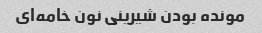
مونده بودن شیرینی نون خامه‌ای